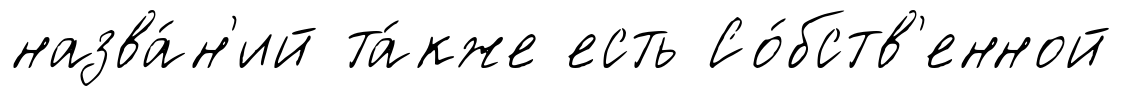
назва́н'ий та́кже есть Со́бств'енной